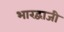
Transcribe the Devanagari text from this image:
भारद्वाजी